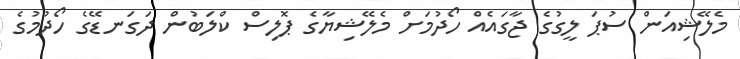
މެލޭޝިއަން ސުޕަ ލީގުގެ ޖާގައެއް ހޯދުމަށް މެލޭޝިޔާގެ ޕޮލިސް ކްލަބުން ދަގަނޑޭގެ ހޯދުމުގެ